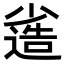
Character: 𡮯